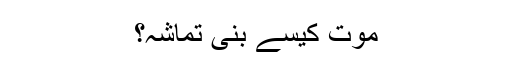
موت کیسے بنی تماشہ؟